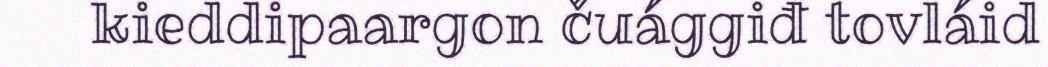
kieddipaargon čuággiđ tovláid